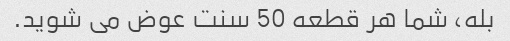
بله، شما هر قطعه 50 سنت عوض می شوید.